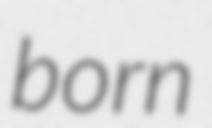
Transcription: born